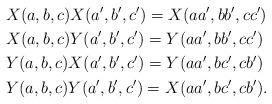
LaTeX: \begin{align*} & X(a,b,c)X(a',b',c') = X(aa',bb',cc')\\ & X(a,b,c)Y(a',b',c') = Y(aa',bb',cc')\\ & Y(a,b,c)X(a',b',c') = Y(aa',bc',cb')\\ & Y(a,b,c)Y(a',b',c') = X(aa',bc',cb').\end{align*}